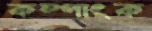
কম্পাংক